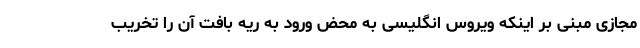
مجازی مبنی بر اینکه ویروس انگلیسی به محض ورود به ریه بافت آن را تخریب